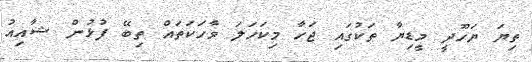
ތިޔަ ޔަހޫދީ މީޑިޔާ ތަކުގައި ޖަހާ މިކަހަލަ ވާހަކަތައް ތިބޭ ފުޅުން ޝާއިއު